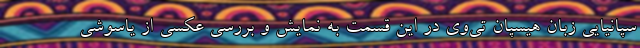
سپانیایی زبان هیسپان تی‌وی در این قسمت به نمایش و بررسی عکسی از یاسوشی